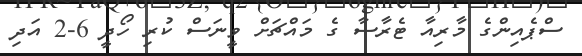
ސްޕެއިންގެ މާރިއާ ޓެރާސާ ގެ މައްޗަށް ވީނަސް ކުރި ހޯދީ 6-2 އަދި